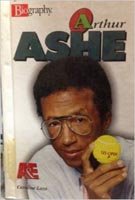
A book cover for Arthur Ashe (Biography (Lerner Hardcover)); Caroline Lazo; Children's Books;